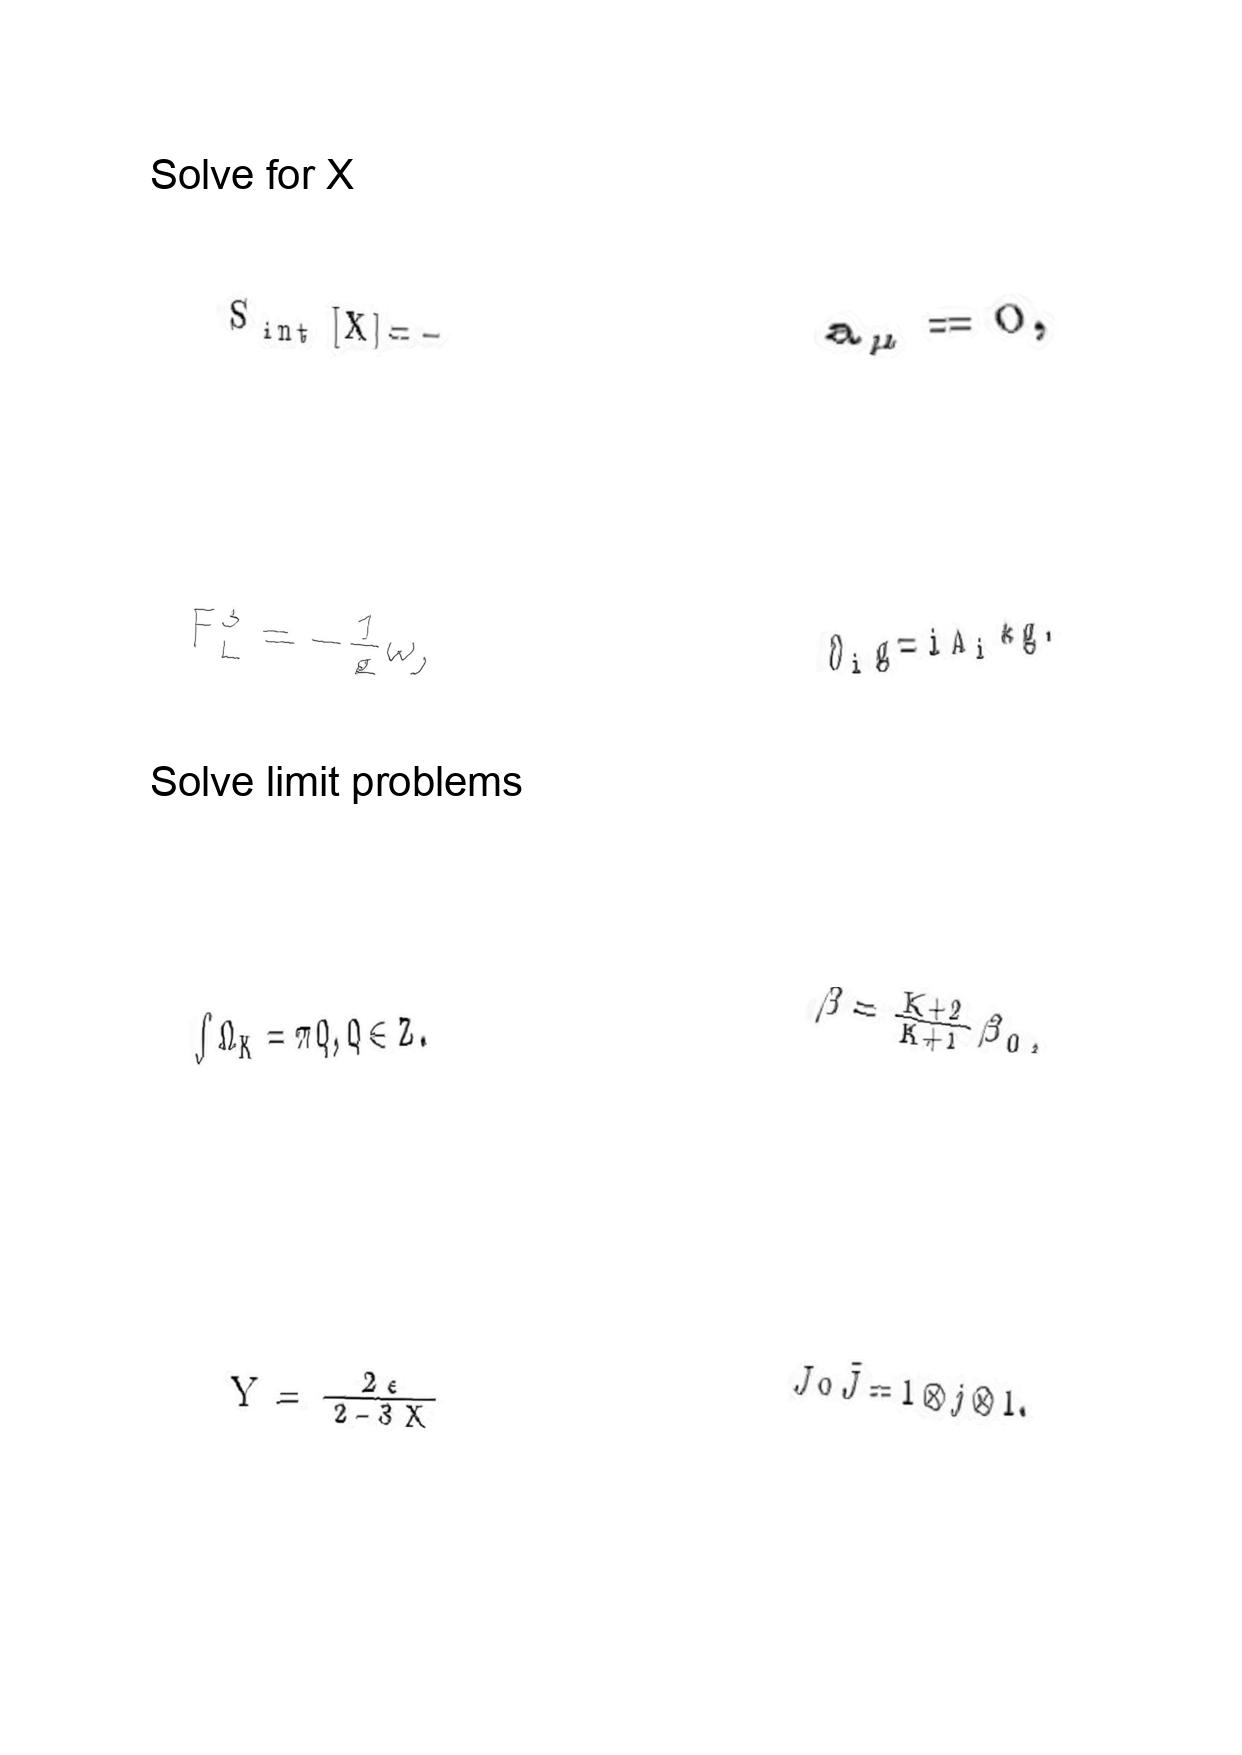
LaTeX transcription:
S _ { \mathrm { i n t } } \lbrack X \rbrack = -
F _ { L } ^ { 3 } = - \frac { 1 } { g } \omega ,
\int \Omega _ { K } = \pi Q , Q \in Z .
Y = \frac { 2 \epsilon } { 2 - 3 X }
a _ { \mu } = 0 ,
\partial _ { i } g = i A _ { i } \ast g .
\beta = \frac { K + 2 } { K + 1 } \beta _ { 0 } ,
J \circ \tilde { J } = 1 \otimes j \otimes 1 .